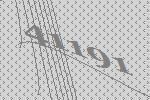
41191